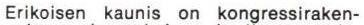
Erikoisen kaunis on kongressiraken-